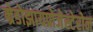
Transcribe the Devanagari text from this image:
म्रेडोझायप्रोजेस्टेरोन